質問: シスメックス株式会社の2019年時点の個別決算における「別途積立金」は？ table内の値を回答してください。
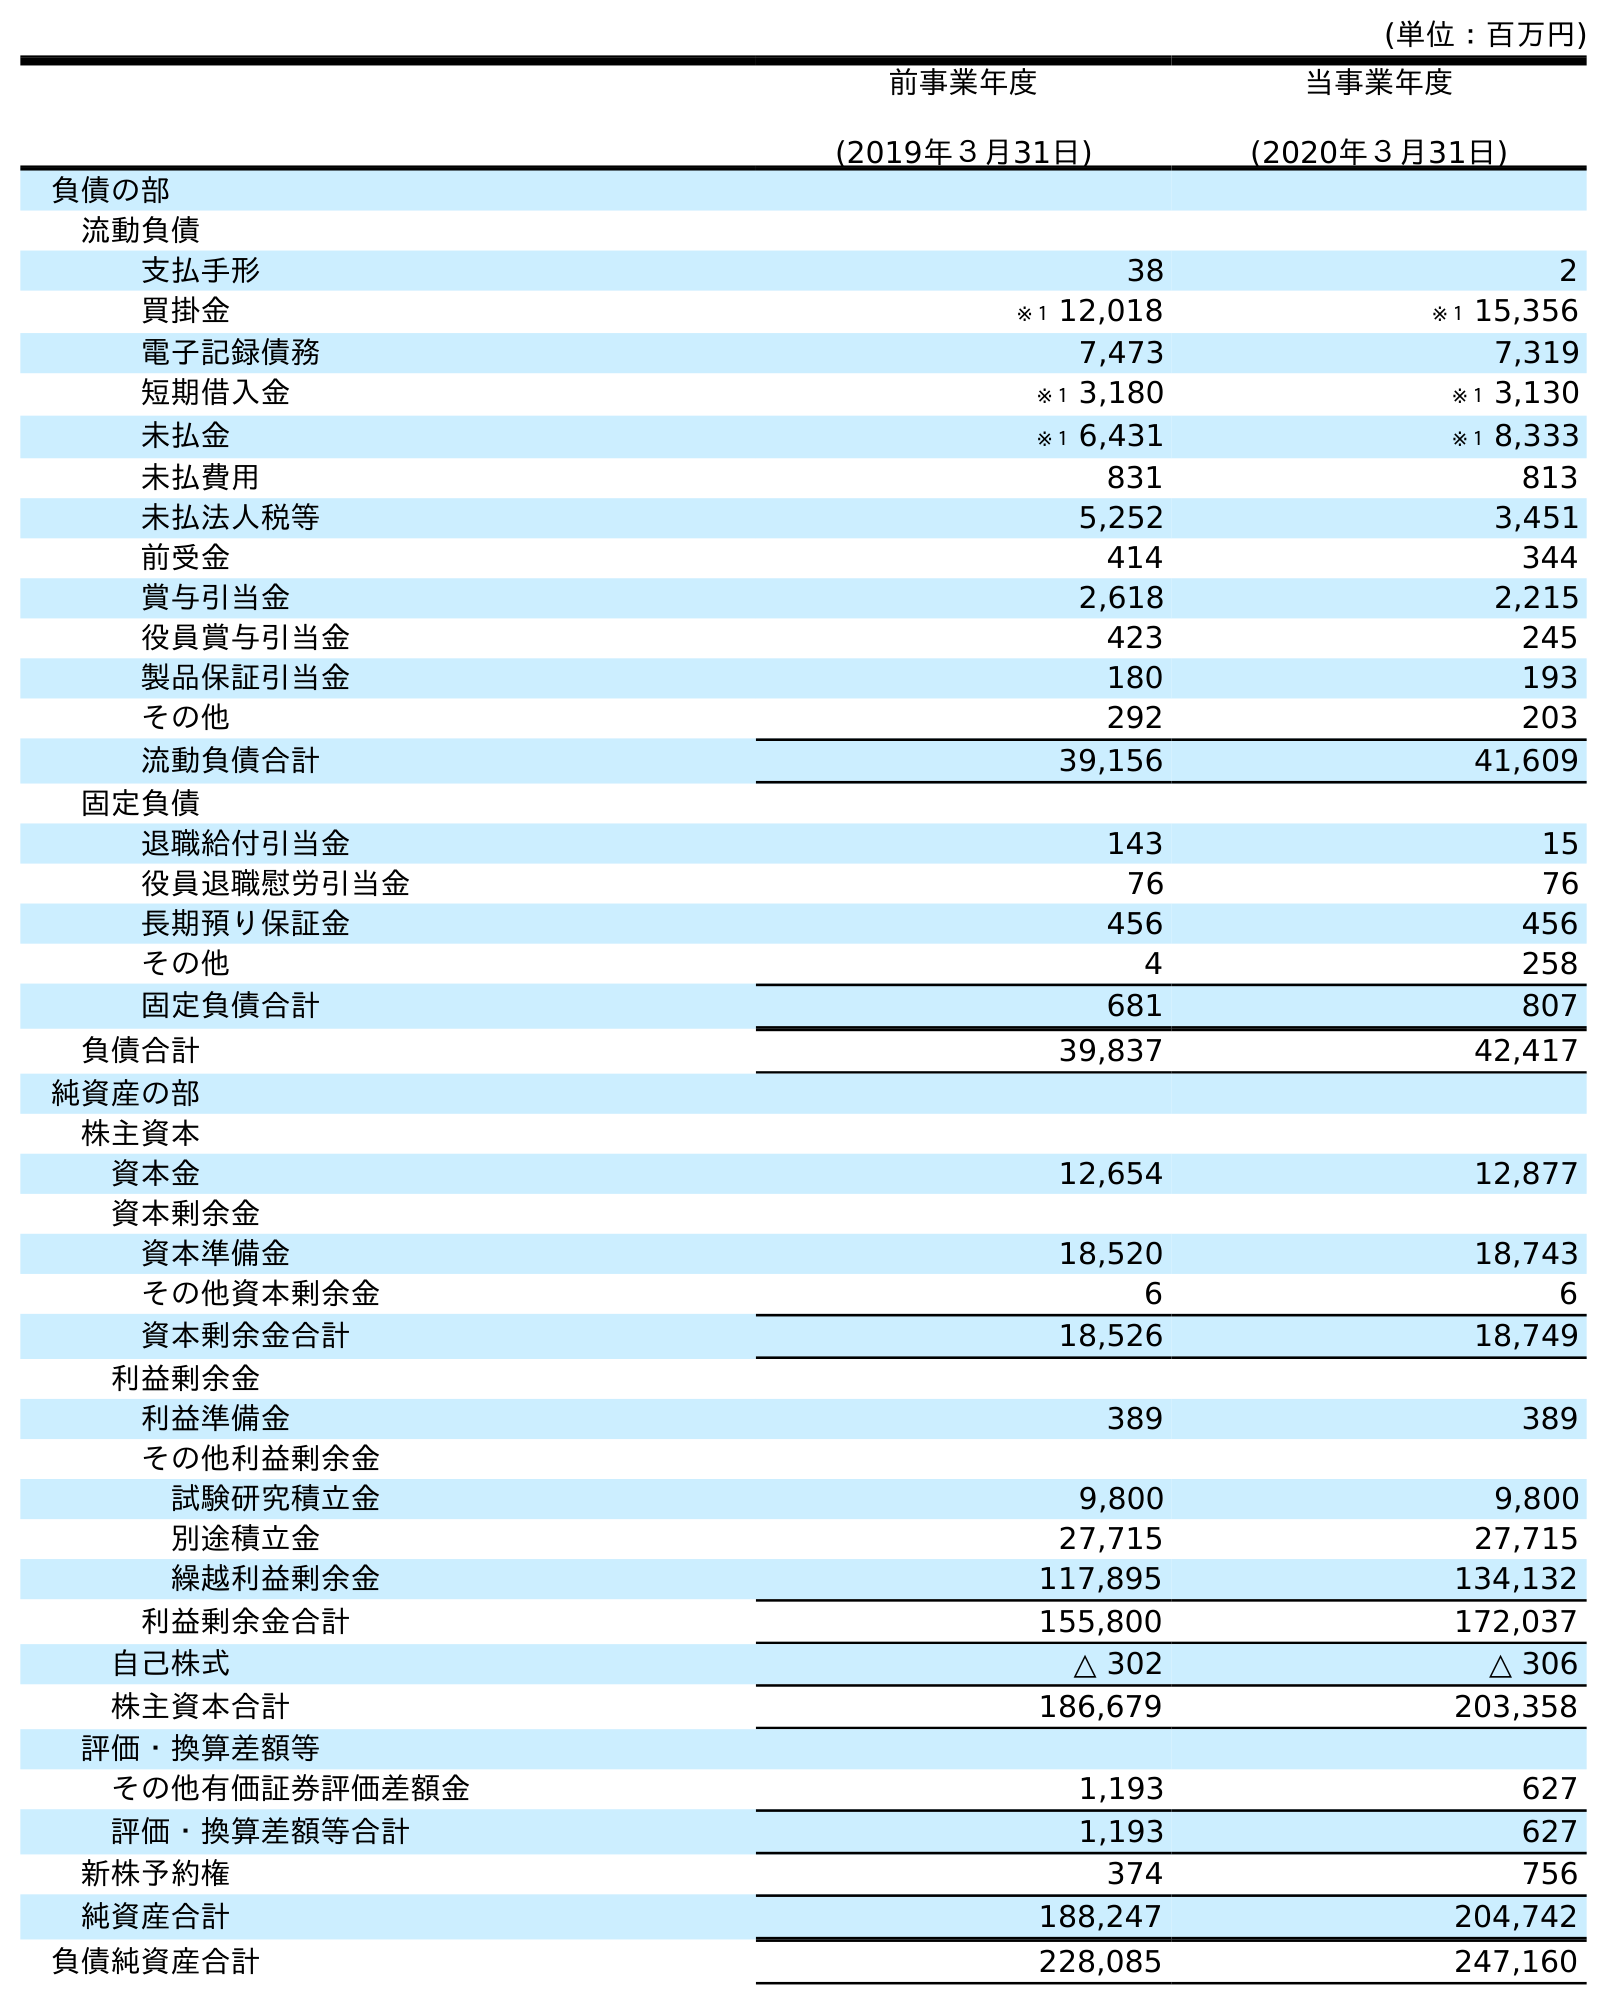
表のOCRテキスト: (単位：百万円) 前事業年度 (2019年３月31日) 当事業年度 (2020年３月31日) 負債の部 流動負債 支払手形 38 2 買掛金 ※１ 12,018 ※１ 15,356 電子記録債務 7,473 7,319 短期借入金 ※１ 3,180 ※１ 3,130 未払金 ※１ 6,431 ※１ 8,333 未払費用 831 813 未払法人税等 5,252 3,451 前受金 414 344 賞与引当金 2,618 2,215 役員賞与引当金 423 245 製品保証引当金 180 193 その他 292 203 流動負債合計 39,156 41,609 固定負債 退職給付引当金 143 15 役員退職慰労引当金 76 76 長期預り保証金 456 456 その他 4 258 固定負債合計 681 807 負債合計 39,837 42,417 純資産の部 株主資本 資本金 12,654 12,877 資本剰余金 資本準備金 18,520 18,743 その他資本剰余金 6 6 資本剰余金合計 18,526 18,749 利益剰余金 利益準備金 389 389 その他利益剰余金 試験研究積立金 9,800 9,800 別途積立金 27,715 27,715 繰越利益剰余金 117,895 134,132 利益剰余金合計 155,800 172,037 自己株式 △ 302 △ 306 株主資本合計 186,679 203,358 評価・換算差額等 その他有価証券評価差額金 1,193 627 評価・換算差額等合計 1,193 627 新株予約権 374 756 純資産合計 188,247 204,742 負債純資産合計 228,085 247,160
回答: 27,715